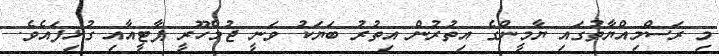
މި ރަސްމިއްޔާތުގައި ޔާމީންގެ އިތުރުން އިތުރު ބަޔަކު ވަނީ ޖުމްހޫރީ ޕާޓީއާއި ގުޅިފައެވެ.